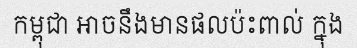
កម្ពុជា អាចនឹងមានផលប៉ះពាល់ ក្នុង